Scottish Leaving Certificate Examination, 1961
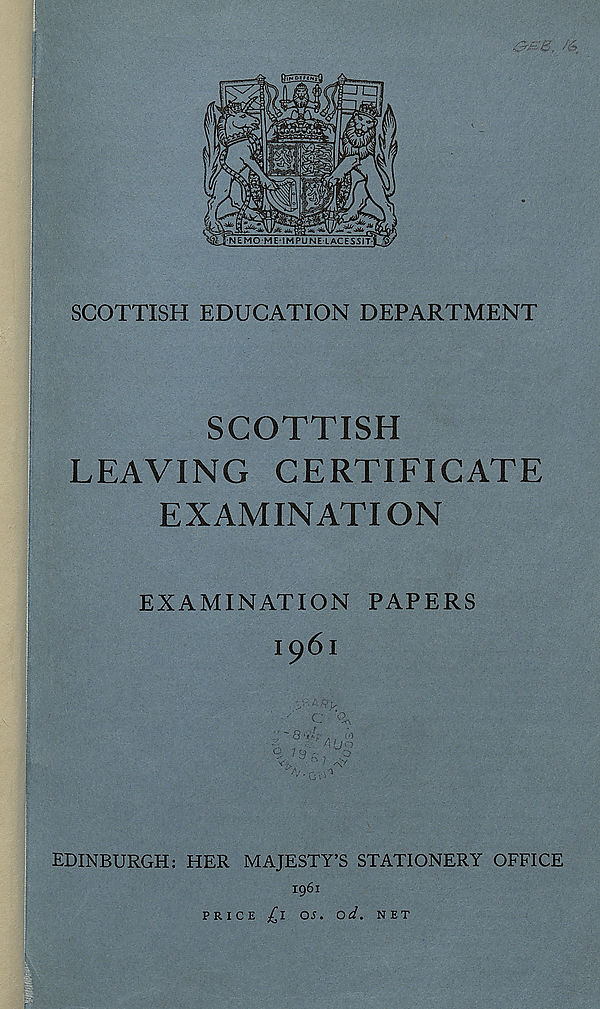
SCOTTISH
LEAVING CERTIFICATE
EXAMINATION
EXAMINATION PAPERS
1961
EDINBURGH: HER MAJESTY’S STATIONERY OFFICE
1961
PRICE ^1 OS. od. NET